Insane asylums in Bengal annual reports 1876-1887 - 1876-1887
Year: 1876
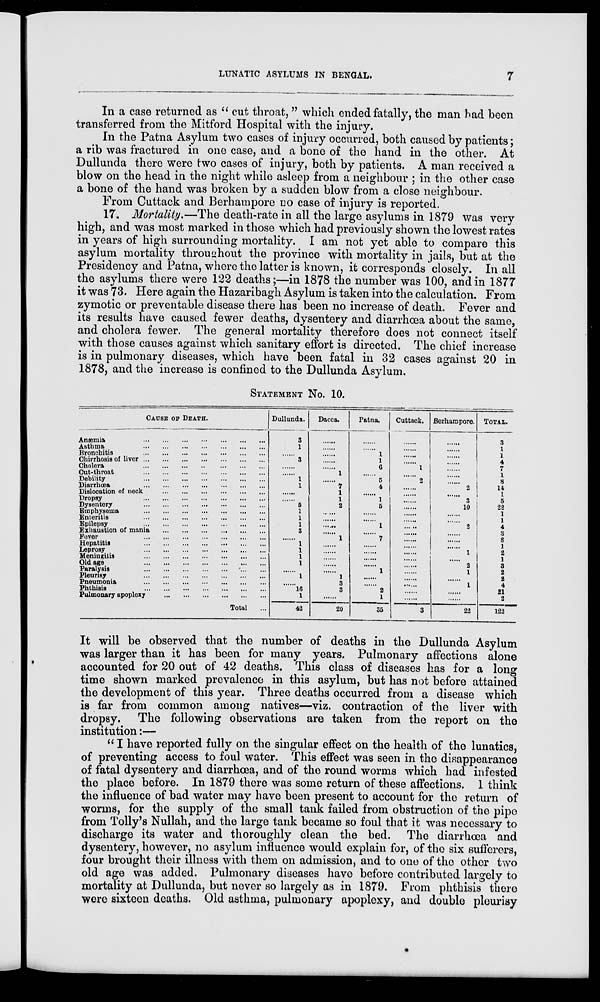
LUNATIC ASYLUMS IN BENGAL.
7
In a case returned as " cut throat, " which ended fatally, the man had been
transferred from the Mitford Hospital with the injury.
In the Patna Asylum two cases of injury occurred, both caused by patients ;
a rib was fractured in one case, and a bone of the hand in the other. At
Dullunda there were two cases of injury, both by patients. A man received a
blow on the head in the night while asleep from a neighbour ; in the other case
a bone of the hand was broken by a sudden blow from a close neighbour.
From Cuttack and Berhampore no case of injury is reported.
17. Mortality.—The death-rate in all the large asylums in 1879 was very
high, and was most marked in those which had previously shown the lowest rates
in years of high surrounding mortality. I am not yet able to compare this
asylum mortality throughout the province with mortality in jails, but at the
Presidency and Patna, where the latter is known, it corresponds closely. In all
the asylums there were 122 deaths;—in 1878 the number was 100, and in 1877
it was 73. Here again the Hazaribagh Asylum is taken into the calculation. From
zymotic or preventable disease there has been no increase of death. Fever and
its results have caused fewer deaths, dysentery and diarrhœa about the same,
and cholera fewer. The general mortality therefore does not connect itself
with those causes against which sanitary effort is directed. The chief increase
is in pulmonary diseases, which have been fatal in 32 cases against 20 in
1878, and the increase is confined to the Dullunda Asylum.
STATEMENT No. 10.
CAUSE OF DEATH.
Anæmia
...
...
...
...
...
...
...
Asthma
...
...
...
...
...
...
...
Bronchitis
...
...
...
...
...
...
...
Chirrhosis of liver
...
...
...
...
...
...
...
Cholera
...
...
...
...
...
...
...
Cut-throat
...
...
...
...
...
...
...
Debility
...
...
...
...
...
...
...
Diarrhœa
...
...
...
...
...
...
...
Dislocation of neck
...
...
...
...
...
...
Dropsy
...
...
...
...
...
...
...
Dysentery
...
...
...
...
...
...
...
Emphysema ... ... ... ... ... ... ...
Enteritis
...
...
...
...
...
...
...
Epilepsy
...
...
...
...
...
...
...
Exhaustion of mania ... ... ... ... ... ... ...
Fever
...
...
...
...
...
...
...
Hepatitis
...
...
...
...
...
...
...
Leprosy
...
...
...
...
...
...
...
Meningitis
...
...
...
...
...
...
...
Old age
...
...
...
...
...
...
...
Paralysis ... ... ... ... ... ... ...
Pleurisy
...
...
...
...
...
...
...
Pneumonia
...
...
...
...
...
...
...
Phthisis
...
...
...
...
...
...
...
Pulmonary apoplexy
...
...
...
...
...
...
Total ...
Dullunda.
3
1
......
3
......
......
1
1
......
......
5
1
1
1
3
......
1
1
1
1
......
1
......
16
1
42
Dacca.
......
......
......
......
......
1
......
7
1
1
2
......
......
......
1
......
......
......
......
......
1
3
3
......
20
Patna.
......
......
1
1
6
......
5
4
......
1
5
......
......
1
......
7
......
......
......
......
1
......
......
2
1
35
Cuttack.
......
......
......
......
1
......
2
......
......
......
......
......
......
......
......
......
......
......
......
......
......
......
......
......
......
3
Berhampore.
......
......
......
......
......
......
2
......
3
10
......
......
2
......
1
......
2
1
......
1
......
......
22
TOTAL.
3
1
1
4
7
1
8
14
1
5
22
1
1
4
3
3
1
2
1
3
2
2 4
21
2
122
It will be observed that the number of deaths in the Dullunda Asylum
was larger than it has been for many years. Pulmonary affections alone
accounted for 20 out of 42 deaths. This class of diseases has for a long
time shown marked prevalence in this asylum, but has not before attained
the development of this year. Three deaths occurred from a disease which
is far from common among natives—viz. contraction of the liver with
dropsy. The following observations are taken from the report on the
institution:—
" I have reported fully on the singular effect on the health of the lunatics,
of preventing access to foul water. This effect was seen in the disappearance
of fatal dysentery and diarrhoea, and of the round worms which had infested
the place before. In 1879 there was some return of these affections. 1 think
the influence of bad water may have been present to account for the return of
worms, for the supply of the small tank failed from obstruction of the pipe
from Tolly's Nullah, and the large tank became so foul that it was necessary to
discharge its water and thoroughly clean the bed. The diarrhoea and
dysentery, however, no asylum influence would explain for, of the six sufferers,
four brought their illness with them on admission, and to one of the other two
old age was added. Pulmonary diseases have before contributed largely to
mortality at Dullunda, but never so largely as in 1879. From phthisis there
were sixteen deaths. Old asthma, pulmonary apoplexy, and double pleurisy